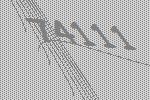
74111